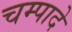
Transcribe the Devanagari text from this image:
चम्पादे